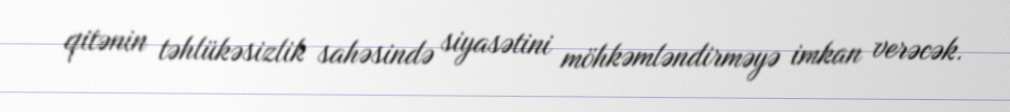
qitənin təhlükəsizlik sahəsində siyasətini möhkəmləndirməyə imkan verəcək.